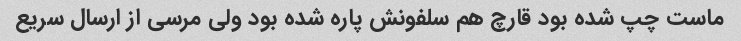
ماست چپ شده بود قارچ هم سلفونش پاره شده بود ولی مرسی از ارسال سریع